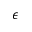
\epsilon